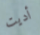
أديت